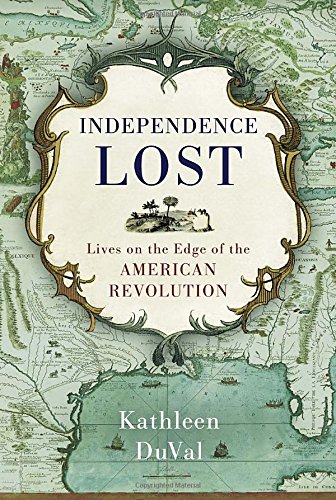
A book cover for Independence Lost: Lives on the Edge of the American Revolution; Kathleen DuVal; History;